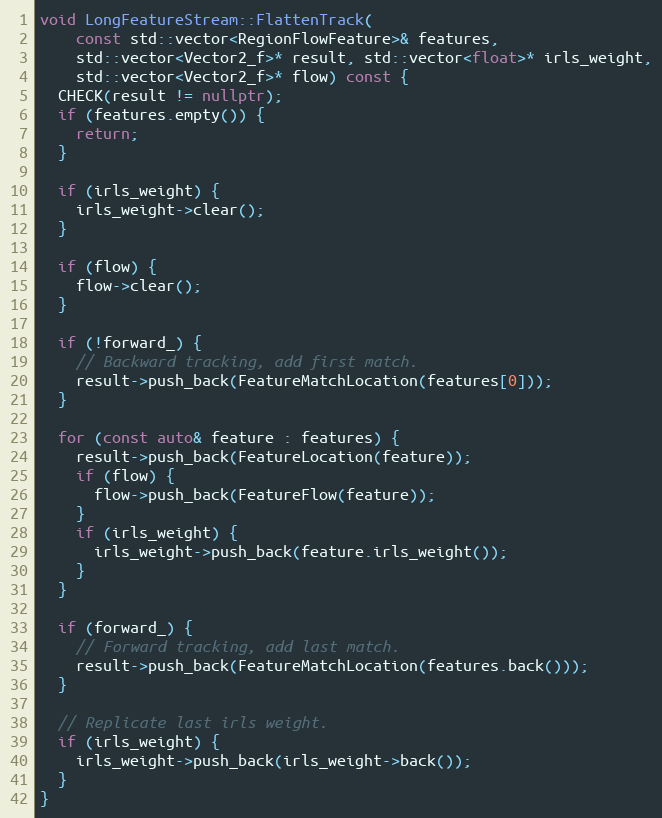
Language: C++
void LongFeatureStream::FlattenTrack(
    const std::vector<RegionFlowFeature>& features,
    std::vector<Vector2_f>* result, std::vector<float>* irls_weight,
    std::vector<Vector2_f>* flow) const {
  CHECK(result != nullptr);
  if (features.empty()) {
    return;
  }

  if (irls_weight) {
    irls_weight->clear();
  }

  if (flow) {
    flow->clear();
  }

  if (!forward_) {
    // Backward tracking, add first match.
    result->push_back(FeatureMatchLocation(features[0]));
  }

  for (const auto& feature : features) {
    result->push_back(FeatureLocation(feature));
    if (flow) {
      flow->push_back(FeatureFlow(feature));
    }
    if (irls_weight) {
      irls_weight->push_back(feature.irls_weight());
    }
  }

  if (forward_) {
    // Forward tracking, add last match.
    result->push_back(FeatureMatchLocation(features.back()));
  }

  // Replicate last irls weight.
  if (irls_weight) {
    irls_weight->push_back(irls_weight->back());
  }
}